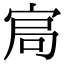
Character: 𡨅